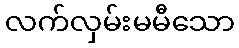
လက်လှမ်းမမီသော